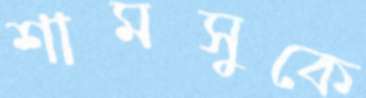
শামসুকে